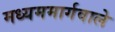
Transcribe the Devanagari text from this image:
मध्यममार्गवाले